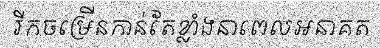
រីកចម្រើនកាន់តែខ្លាំងនាពេលអនាគត